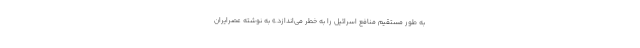
به طور مستقیم منافع اسرائیل را به خطر می‌اندازد.» به نوشته عصرایران